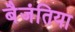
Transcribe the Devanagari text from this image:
बैजंतिया